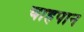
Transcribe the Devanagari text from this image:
चाहपान